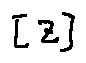
[ z ]